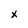
Character: x